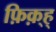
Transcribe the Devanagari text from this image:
फ़िक़्ह्